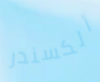
ألكسندر